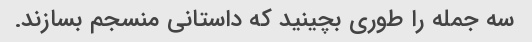
سه جمله را طوری بچینید که داستانی منسجم بسازند.